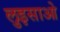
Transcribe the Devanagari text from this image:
लुइसाओ